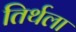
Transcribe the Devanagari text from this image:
तिर्थला